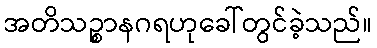
အတိသဉ္စာနဂရဟုခေါ်တွင်ခဲ့သည်။